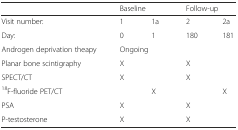
<table><thead><tr><td></td><td colspan="2"><b>Baseline</b></td><td colspan="2"><b>Follow-up</b></td></tr></thead><tbody><tr><td>Visit number:</td><td>1</td><td>1a</td><td>2</td><td>2a</td></tr><tr><td>Day:</td><td>0</td><td>1</td><td>180</td><td>181</td></tr><tr><td>Androgen deprivation theapy</td><td colspan="4">Ongoing</td></tr><tr><td>Planar bone scintigraphy</td><td>X</td><td></td><td>X</td><td></td></tr><tr><td>SPECT/CT</td><td>X</td><td></td><td>X</td><td></td></tr><tr><td><sup>18</sup>F-fluoride PET/CT</td><td></td><td>X</td><td></td><td>X</td></tr><tr><td>PSA</td><td colspan="2">X</td><td colspan="2">X</td></tr><tr><td>P-testosterone</td><td colspan="2">X</td><td colspan="2">X</td></tr></tbody></table>